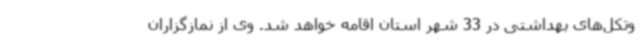
وتکل‌های بهداشتی در 33 شهر استان اقامه خواهد شد. وی از نمازگزاران